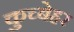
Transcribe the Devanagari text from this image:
कुच्बेहर